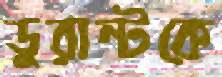
ডুরান্টকে